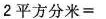
$$2 平 方 分 米 =